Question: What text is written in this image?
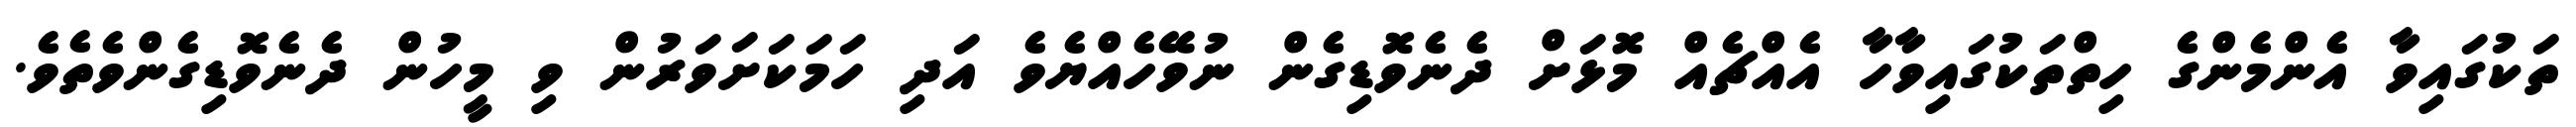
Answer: ތަކުގައިވާ އެންމެންގެ ހިތްތަކުގައިވާހާ އެއްޗެއް މޮޅަށް ދެނެވޮޑިގެން ނުވޭހެއްޔެވެ އަދި ހަމަކަށަވަރުން ވި މީހުން ދެނެވޮޑިގެންވެތެވެ.